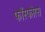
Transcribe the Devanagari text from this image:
फाँस्फोरस